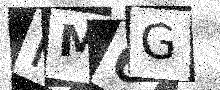
Text: FM6G